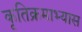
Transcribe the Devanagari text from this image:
कृतिक्रमाभ्यास